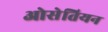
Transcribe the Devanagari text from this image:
ओसेतियन